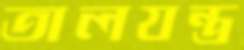
তালযন্ত্র